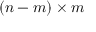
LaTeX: ( n - m ) \times m